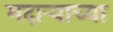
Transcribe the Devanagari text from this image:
मदाऱ्याच्या